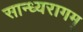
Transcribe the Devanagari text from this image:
सान्ध्यरागम्